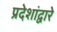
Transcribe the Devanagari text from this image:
प्रदेशांद्वारे